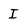
Character: I